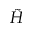
\tilde { H }